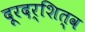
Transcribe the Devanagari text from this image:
दूरदर्शित्व